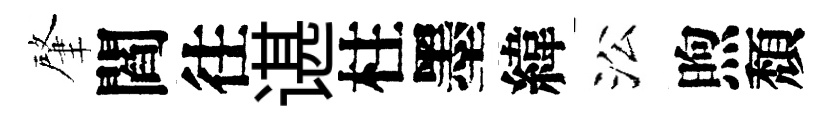
肇閻往谌柱墨緯㳂煦頽